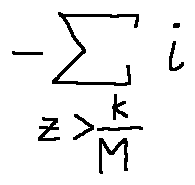
- \sum \limits _ { z > \frac { k } { M } } i